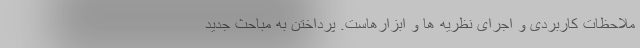
ملاحظات کاربردی و اجرای نظریه ها و ابزارهاست. پرداختن به مباحث جدید